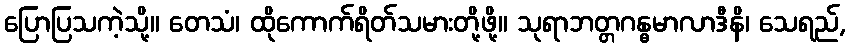
ပြောပြသကဲ့သို့။ တေသံ၊ ထိုကောက်ရိတ်သမားတို့ဖို့။ သုရာဘတ္တဂန္ဓမာလာဒီနိ၊ သေရည်,